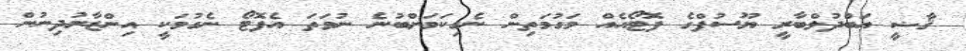
ޤާޟީ ޢަބްދުލްބާރީ ޔޫސުފްގެ ފޮޓޯއެއް މަގުމަތިން ނެގިކަމަށްބުނެ ނުވަތަ އެފޮޓޯ ނެގުމަކީ އިންޒާރުދިނުން